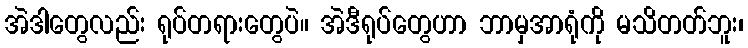
အဲဒါတွေလည်း ရုပ်တရားတွေပဲ။ အဲဒီရုပ်တွေဟာ ဘာမှအာရုံကို မသိတတ်ဘူး၊